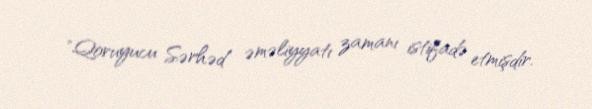
"Qoruyucu Sərhəd" əməliyyatı zamanı istifadə etmişdir.